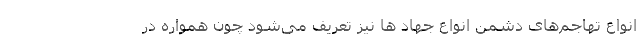
انواع تهاجم‌های دشمن انواع جهاد ها نیز تعریف می‌شود چون همواره در